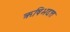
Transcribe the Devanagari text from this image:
ऋषिभदत्त